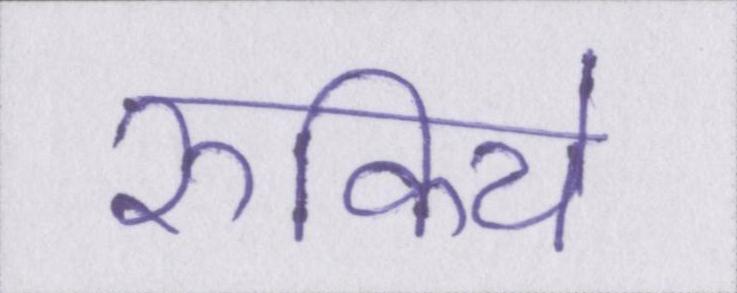
रुकिये